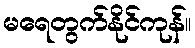
မရေတွက်နိုင်ကုန်။